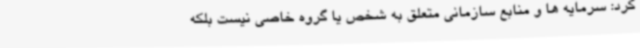
کرد: سرمایه ها و منابع سازمانی متعلق به شخص یا گروه خاصی نیست بلکه